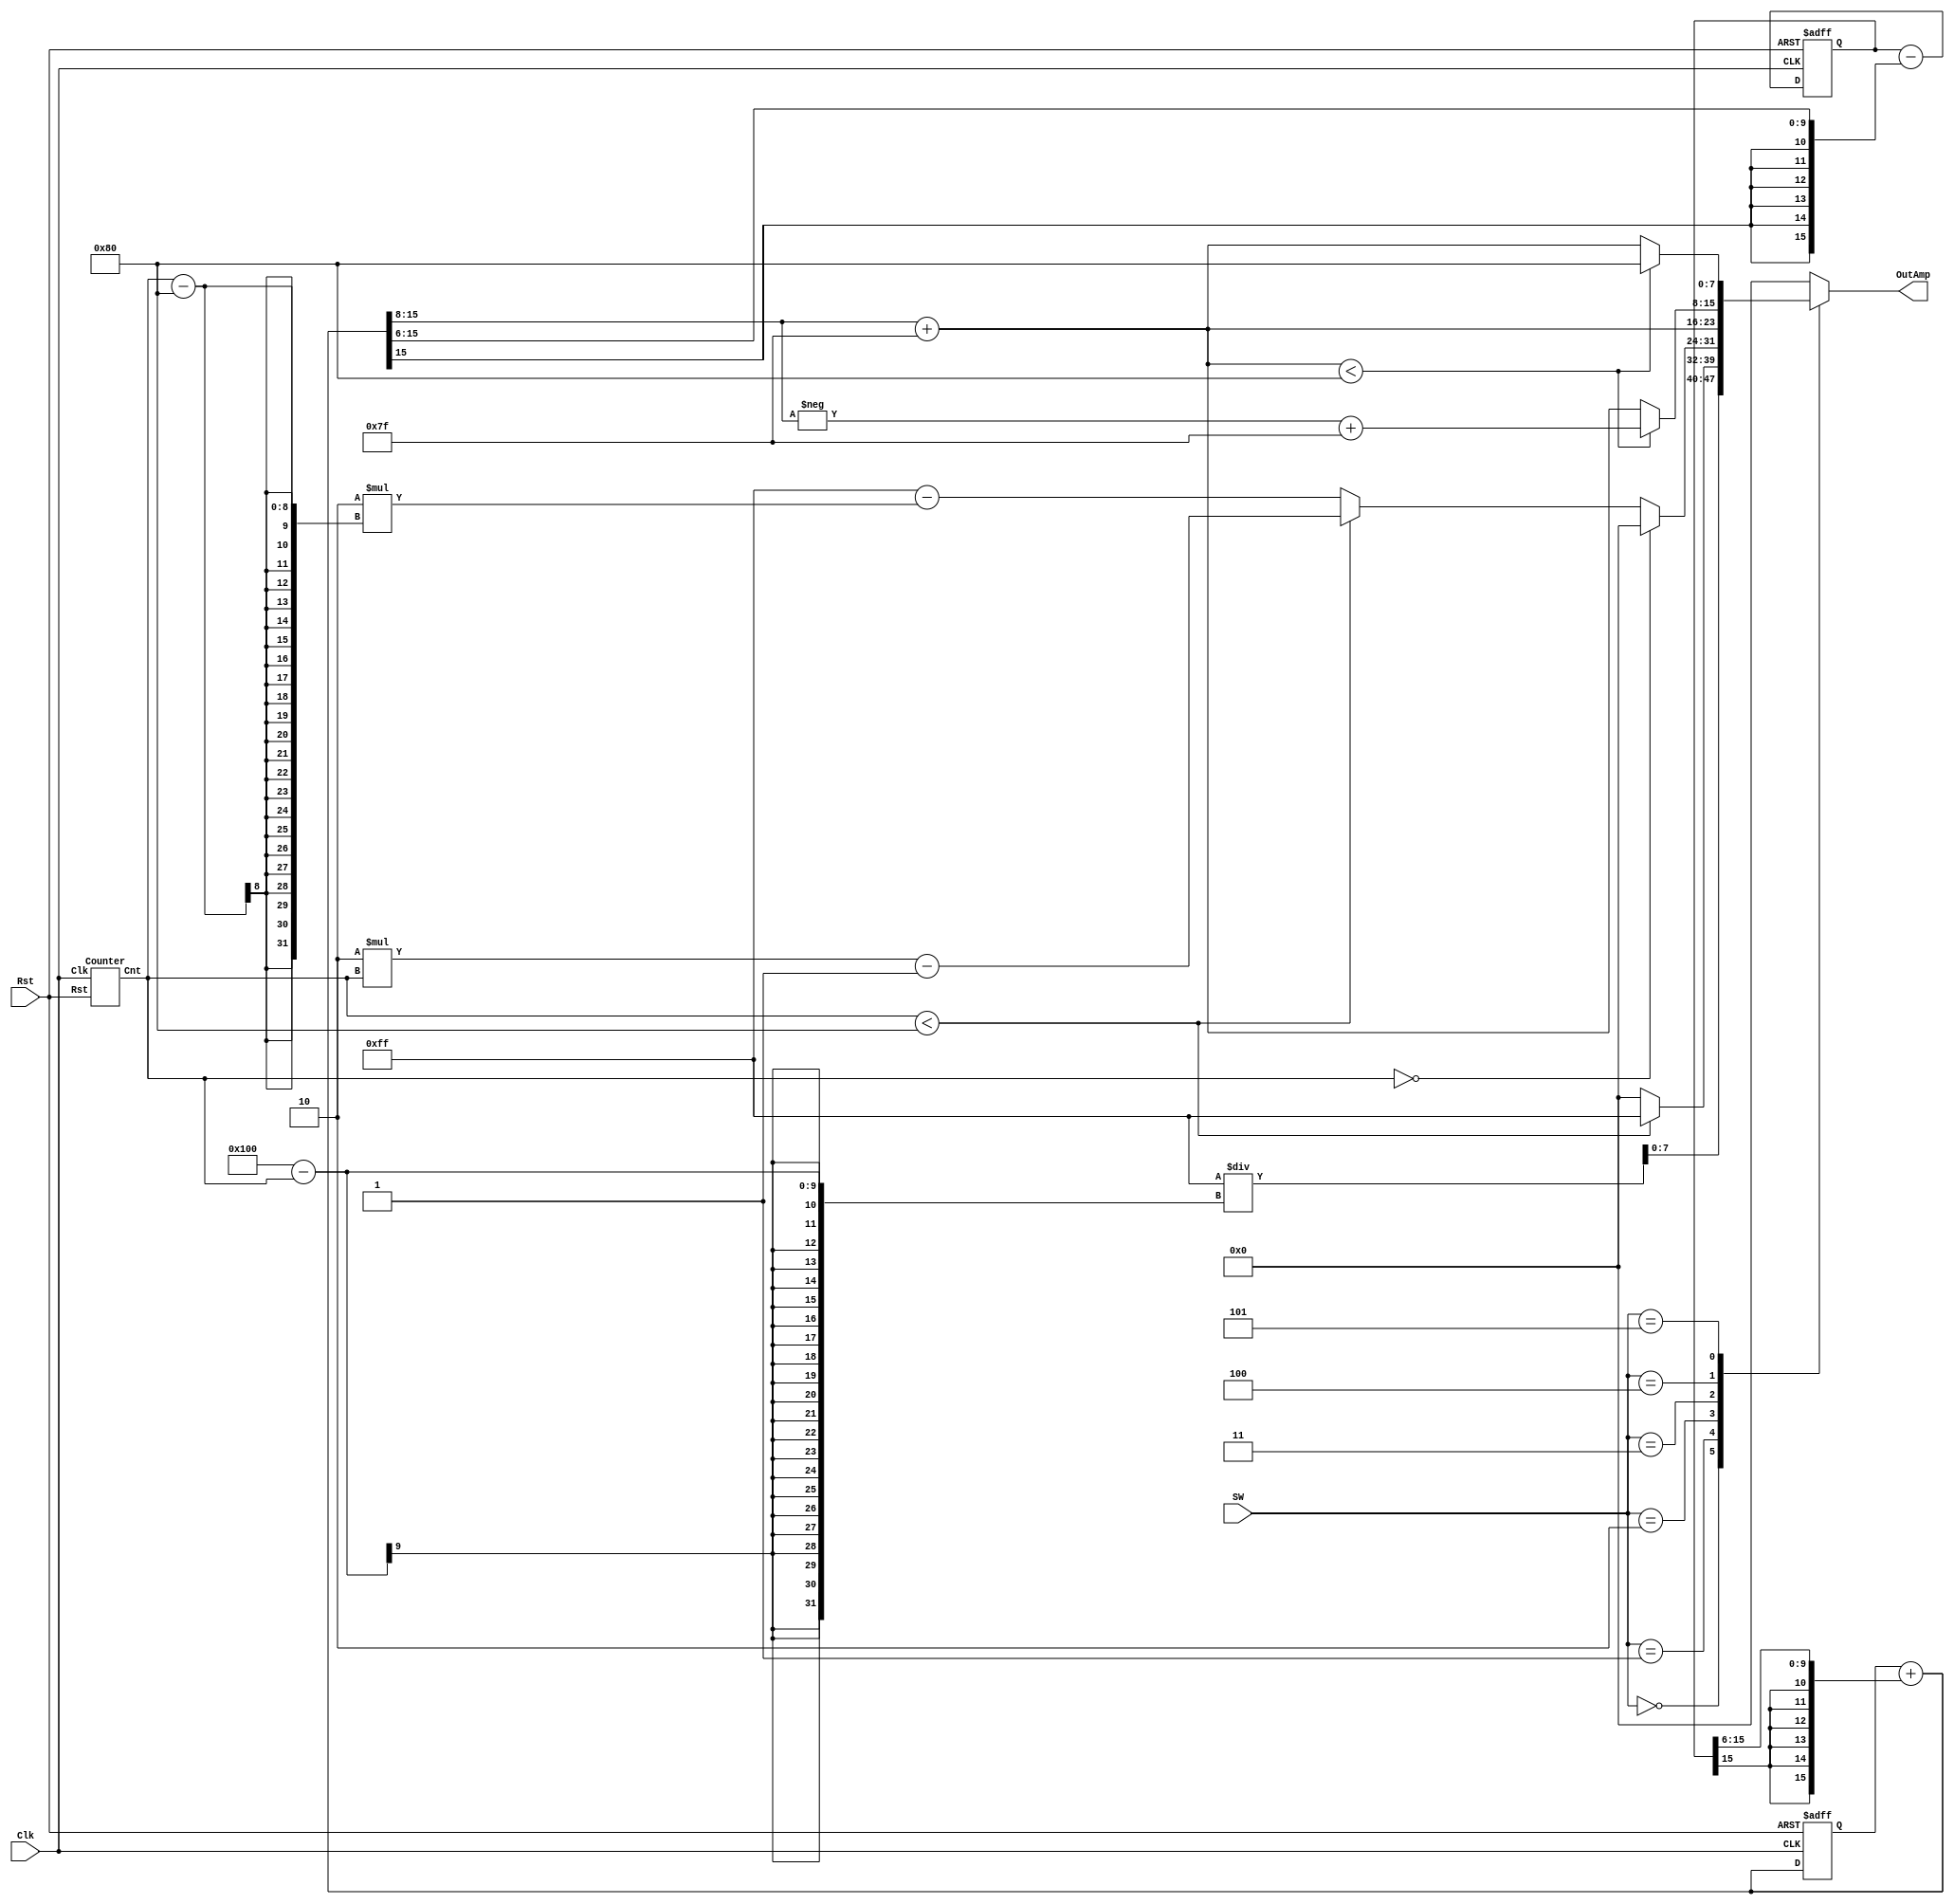
module WaveFormGen_Module(input [2:0] SW,input Clk,Rst,output reg [7:0] OutAmp);
    wire [7:0] Cnt,FRes;
    Counter C1(Clk,Rst,Cnt);
    reg[15:0] temp,Res;
    reg[15:0] cos_res,cos_temp;
    always@(posedge Clk,posedge Rst)begin
        if(Rst) begin Res=0;cos_res=30000;end
		  else if(Clk) begin Res<=temp;
			cos_res<=cos_temp;end
    end
	 always@(Res,cos_res)begin
		temp=Res+{cos_res[15],cos_res[15],cos_res[15],cos_res[15],cos_res[15],cos_res[15],cos_res[15],cos_res[15:6]}; 
        cos_temp=cos_res-{temp[15],temp[15],temp[15],temp[15],temp[15],temp[15],temp[15],temp[15:6]};
	 end
    always@(Cnt,SW)begin
        
        case(SW)
          0:OutAmp<=8'd255/(256-Cnt);
          1:begin if(Cnt<8'd128)OutAmp<=8'd255;
                else OutAmp<=8'd0;end
          2:begin	if(Cnt==8'd0) OutAmp<=8'd0; 
				else if(Cnt<8'd128)OutAmp<=8'd2*(Cnt)-1;
                else OutAmp<=8'd255-2*(Cnt-128);end
          3:OutAmp<=temp[15:8]+8'd127;
          4:begin if((temp[15:8]+8'd127)<8'd128)OutAmp<=-temp[15:8]+127; else OutAmp<=temp[15:8]+127;end
          5:begin if((temp[15:8]+8'd127)<8'd128)OutAmp<=8'd128; else OutAmp<=temp[15:8]+127;end
          
          default:OutAmp<=8'd0;
        endcase
			
    end
endmodule
module Counter(input Clk,input Rst,output reg[7:0] Cnt);
    
    always@(posedge Clk,posedge Rst)begin
        if(Rst) Cnt<=8'b0;
        else Cnt<=Cnt+1;
    end  
    
endmodule 
module SinGen(input [2:0] Sw,input Clk,Rst,output reg [7:0]FRes);
  
  reg[15:0] temp,Res=0;
  reg[15:0] cos_res=30000,cos_temp;
  always@(posedge Clk)begin
      if(Rst) begin Res=0;cos_res=30000;end
      Res<=temp;
      cos_res<=cos_temp;
  end
  always@(Res)begin
    temp=Res+(1/64)*cos_res; 
    cos_temp=cos_res-(1/64)*temp;
    case(Sw)
        3:FRes<=temp[15:8]+127;
        5:begin if(temp<=0)FRes<=0;end
        4:begin if(temp<0)FRes<=-temp[15:8]+127;end
    endcase
  end

endmodule